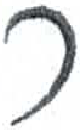
אות: ר